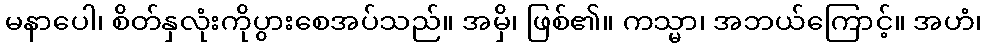
မနာပေါ၊ စိတ်နှလုံးကိုပွားစေအပ်သည်။ အမှိ၊ ဖြစ်၏။ ကသ္မာ၊ အဘယ်ကြောင့်။ အဟံ၊